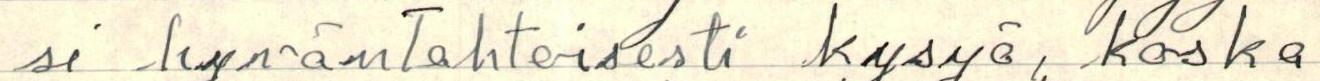
si hyväntahtoisesti kysyä, koska